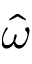
\hat { \omega }